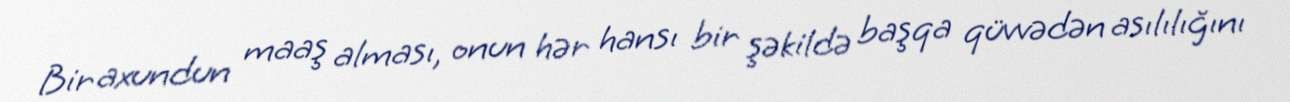
Bir axundun maaş alması, onun hər hansı bir şəkildə başqa qüvvədən asılılığını